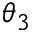
\theta _ { 3 }